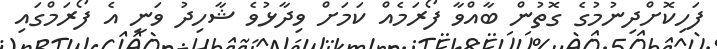
ފަހިކޮށްދިނުމުގެ ގޮތުން ބާއްވާ ފޯރަމެއް ކަމަށް ވިދާޅުވެ ޝާހިދު ވަނީ އެ ފޯރަމްގައި